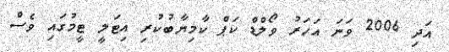
އަދި 2006 ވަނަ އަހަރު ވޯލްޑް ކަޕް ކާމިޔާބުކުރި އިޓަލީ ޓީމުގައި ވެސް